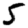
Digit: 5